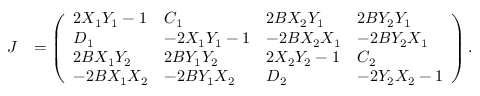
\begin{array} { r l } { J } & { = \left( \begin{array} { l l l l } { 2 X _ { 1 } Y _ { 1 } - 1 } & { C _ { 1 } } & { 2 B X _ { 2 } Y _ { 1 } } & { 2 B Y _ { 2 } Y _ { 1 } } \\ { D _ { 1 } } & { - 2 X _ { 1 } Y _ { 1 } - 1 } & { - 2 B X _ { 2 } X _ { 1 } } & { - 2 B Y _ { 2 } X _ { 1 } } \\ { 2 B X _ { 1 } Y _ { 2 } } & { 2 B Y _ { 1 } Y _ { 2 } } & { 2 X _ { 2 } Y _ { 2 } - 1 } & { C _ { 2 } } \\ { - 2 B X _ { 1 } X _ { 2 } } & { - 2 B Y _ { 1 } X _ { 2 } } & { D _ { 2 } } & { - 2 Y _ { 2 } X _ { 2 } - 1 } \end{array} \right) . } \end{array}